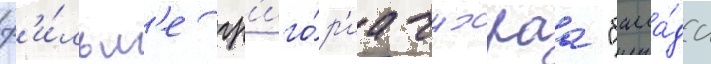
ф'и́льм'е гр'иго́р'иа чухраа "балла́да